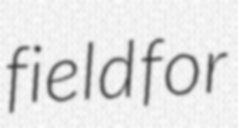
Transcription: field for